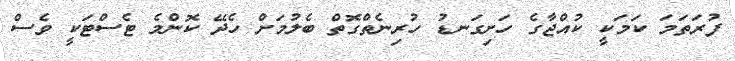
ފުރަތަމަ ކަމަކީ ކުއްޖާގެ ހަށިގަނޑު ހުރިނެތްގޮތް ބެލުމަށް ހެދޭ ކޮންމެ ޓެސްޓަކީ ވެސް